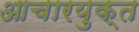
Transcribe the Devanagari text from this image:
आचारयुक्त